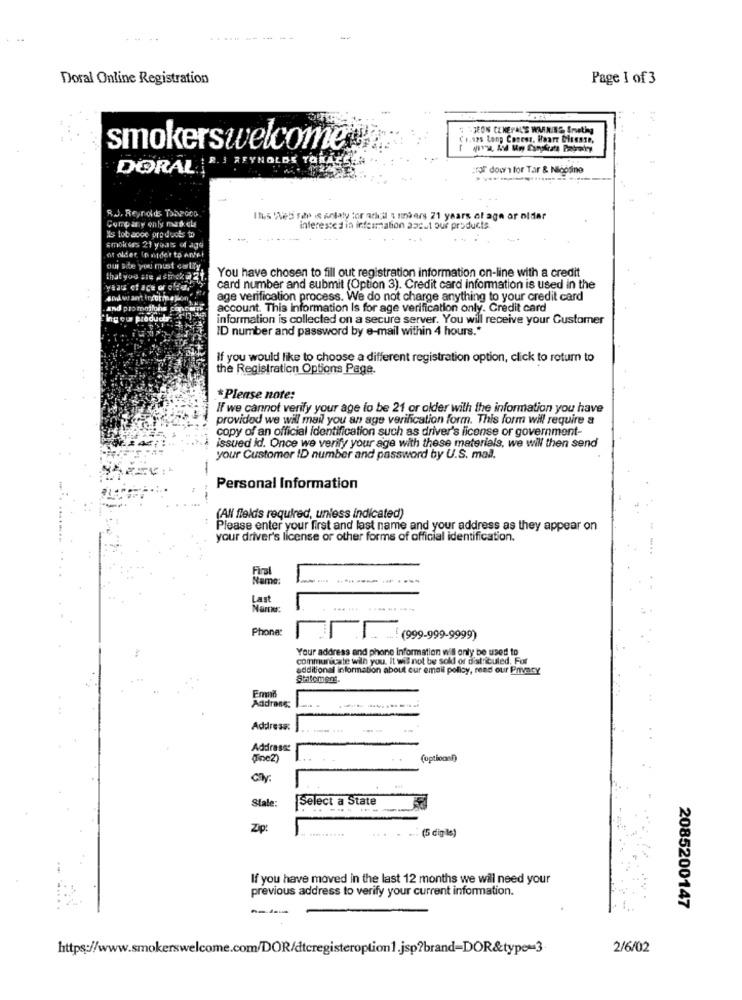
.. ..
........
Doral Online Registration
Page 1 of 3
3 -JEON CENEFAL'E WARNING Smeeting
C ., sos long Concer, Heart Disease,
smokerswelcome
R. 3 REYNOLDS TOR
DORAL'
ror down for Tar & Nicosine
R.J. Reynolds TOPGOD
Company only mab. el
Itis 'Web rde is antaly for achill 3 mars 21 years of age or older
Xs lot apoe products to
interested in information about our products
smok iss 21 years of age
of older Ip nider to Ante!
ou Site you must carlly
You have chosen to fill out registration information on-line with a credit
that you are # strick @ 2
card number and submit (Option 3). Credit card information is used in the
age verification process. We do not charge anything to your credit card
and promotions
account. This information Is for age verification only. Credit card
information is collected on a secure server. You will receive your Customer
ID number and password by e-mail within 4 hours .*
If you would like to choose a different registration option, click to rotum to
the Registration Options Page.
*Please note:
If we cannot verify your age to be 21 or older with the information you have
provided we will mail you an age verification form. This form will require a
copy of an official identification such as driver's license or government-
issued id. Once we verify your age with these materials, we will then send
your Customer ID number and password by U.S. mail.
-
Personal Information
. ...
--
(AN fieldis required, unless indicated)
Please enter your first and last name and your address as they appear on
your driver's license or other forms of official identification.
Final
tame
----------
Last
Phone:
... (999-999-9999)
Your address and phone information will only be used to
communicate with you. It wis not be sold of distributed, For
additional information about our emali policy, read our Privacy
Statement.
Address:
Address:
Address:
(ine2)
(opticont)
City.
Select a State
Stale:
Zip:
... (5 digile)
If you have moved in the last 12 months we will need your
previous address to verify your current information.
2085200147
https://www.smokerswelcome.com/DOR/dteregisteroption1.jsp?brand-DOR&type=3.
2/6/02